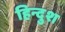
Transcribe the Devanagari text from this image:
हिन्दुश